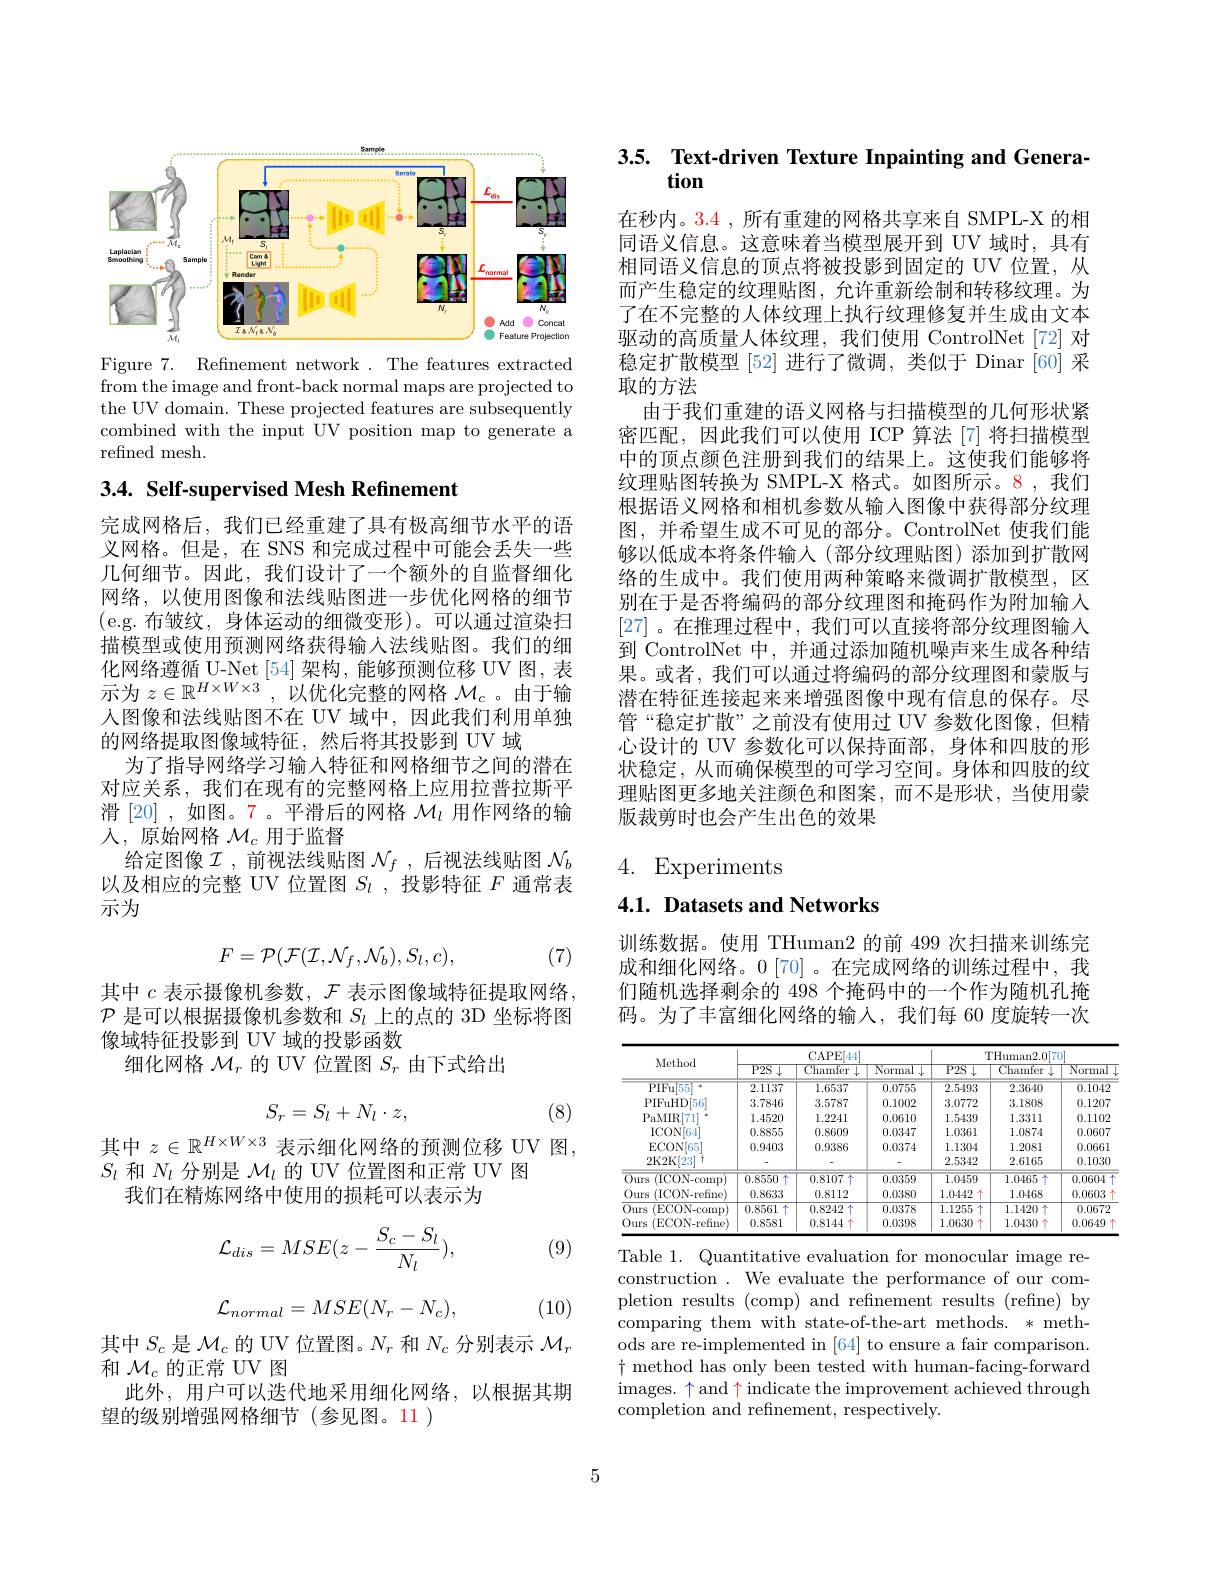
<FigureHere>

Figure 7. Refinement network .The features extracted from the image and front-back normal maps are projected to the UV domain. These projected features are subsequently combined with the input UV position map to generate a refined mesh.

# 3.4. Self-supervised Mesh Refinement

完成网格后，我们已经重建了具有极高细节水平的语义网格。但是，在 SNS 和完成过程中可能会丢失一些几何细节。因此，我们设计了一个额外的自监督细化网络，以使用图像和法线贴图进一步优化网格的细节(e.g. 布皱纹，身体运动的细微变形)。可以通过渲染扫描模型或使用预测网络获得输人法线贴图。我们的细化网络遵循 U-Net [54]架构，能够预测位移 UV 图，表$\begin{array}{c}\\\text{示为 }z\in\mathbb{R}^{H\times W\times3}&,&\text{以优化完整的网格 }\mathcal{M}_{c}\end{array}$。由于输人图像和法线贴图不在 UV 域中，因此我们利用单独的网络提取图像域特征，然后将其投影到 UV 域
为了指导网络学习输人特征和网格细节之间的潜在对应关系，我们在现有的完整网格上应用拉普拉斯平滑 [20] ,如图。7 。平滑后的网格$\mathcal{M}_l$用作网络的输人，原始网格$\mathcal{M}_c$用于监督
给定图像$\mathcal{I}$ ,前视法线贴图 $\mathcal{N}_f$ ,后视法线贴图 $\mathcal{N}_b$ 以及相应的完整 UV 位置图$S_l$ ,投影特征$F$通常表示为
$$F=\mathcal{P}(\mathcal{F}(\mathcal{I},\mathcal{N}_{f},\mathcal{N}_{b}),S_{l},c),$$
(7)

其中$c$表示摄像机参数，$\mathcal{F}$表示图像域特征提取网络$\mathcal{P}$是可以根据摄像机参数和$S_l$上的点的 3D 坐标将图像域特征投影到 UV 域的投影函数
细化网格$\mathcal{M}_r$的 UV 位置图$S_r$由下式给出
$$S_r=S_l+N_l\cdot z,$$
(8)

其中$z\in\mathbb{R}^{H\times W\times3}$表示细化网络的预测位移 UV 图，
$S_l$和$N_l$分别是$\mathcal{M}_l$的 UV 位置图和正常 UV 图
我们在精炼网络中使用的损耗可以表示为

(9)
$$\mathcal{L}_{dis}=MSE(z-\frac{S_c-S_l}{N_l}),$$
$$\mathcal{L}_{normal}=MSE(N_r-N_c),$$
(10)

$\begin{array}{l}{\text{其中 }S_{c}\text{ 是 }\mathcal{M}_{c}\text{ 的 UV 位置图。}N_{r}\text{ 和 }N_{c}\text{ 分别表示 }\mathcal{M}_{r}}\\{\text{和 }\mathcal{M}_{c}\text{ 的正常 UV 图}}\end{array}$
此外，用户可以迭代地采用细化网络，以根据其期
望的级别增强网格细节(参见图。11 )

3.5. Text-driven Texture Inpainting and Genera
## tion

在秒内。3.4 , 所有重建的网格共享来自 SMPL-X 的相同语义信息。这意味着当模型展开到 UV 域时，具有相同语义信息的顶点将被投影到固定的 UV 位置，从而产生稳定的纹理贴图，允许重新绘制和转移纹理。为了在不完整的人体纹理上执行纹理修复并生成由文本驱动的高质量人体纹理，我们使用 ControlNet[72]对稳定扩散模型 [52] 进行了微调，类似于 Dinar [60] 采取的方法
由于我们重建的语义网格与扫描模型的几何形状紧密匹配，因此我们可以使用 ICP 算法[7]将扫描模型中的顶点颜色注册到我们的结果上。这使我们能够将纹理贴图转换为 SMPL-X 格式。如图所示。8,我们根据语义网格和相机参数从输入图像中获得部分纹理图，并希望生成不可见的部分。ControlNet 使我们能够以低成本将条件输人(部分纹理贴图)添加到扩散网络的生成中。我们使用两种策略来微调扩散模型，区别在于是否将编码的部分纹理图和掩码作为附加输入[27] 。在推理过程中，我们可以直接将部分纹理图输入到 ControlNet 中，并通过添加随机噪声来生成各种结果。或者，我们可以通过将编码的部分纹理图和蒙版与潜在特征连接起来来增强图像中现有信息的保存。尽管“稳定扩散”之前没有使用过 UV 参数化图像，但精心设计的 UV 参数化可以保持面部，身体和四肢的形状稳定，从而确保模型的可学习空间。身体和四肢的纹理贴图更多地关注颜色和图案，而不是形状，当使用蒙版裁剪时也会产生出色的效果

## 4. Experiments

4.1. Datasets and Networks

训练数据。使用 THuman2 的前 499 次扫描来训练完成和细化网络。0[70]。在完成网络的训练过程中，我们随机选择剩余的 498 个掩码中的一个作为随机孔掩码。为了丰富细化网络的输入，我们每 60 度旋转一次

<table>
	<tbody>
		<tr>
			<th rowspan="2">Method</th>
			<th colspan="3">CAPE[44]</th>
			<th colspan="3">THuman2.0[70]</th>
		</tr>
		<tr>
			<th>$\overline{\text{P2S }\downarrow}$</th>
			<th>Chamfer</th>
			<th>Normal $\overline{1}$</th>
			<th>$\overline{\text{P2S }\downarrow}$</th>
			<th>Chamfer $\downarrow$</th>
			<th>Normal</th>
		</tr>
		<tr>
			<td>PIFu[55</td>
			<td>2.1137</td>
			<td>1.6537</td>
			<td>0.0755</td>
			<td>2.5493</td>
			<td>2.3640</td>
			<td>0.1042</td>
		</tr>
		<tr>
			<td>PIFuHD[56]</td>
			<td>3.7846</td>
			<td>3.5787</td>
			<td>0.1002</td>
			<td>3.0772</td>
			<td>3.1808</td>
			<td>0.1207</td>
		</tr>
		<tr>
			<td>PaMIR[7]</td>
			<td>1.4520</td>
			<td>1.2241</td>
			<td>0.0610</td>
			<td>1.5439</td>
			<td>1.3311</td>
			<td>0.1102</td>
		</tr>
		<tr>
			<td>ICON[ 64] </td>
			<td>0.8855</td>
			<td>0.8609</td>
			<td>0.0347</td>
			<td>1.0361</td>
			<td>1.0874</td>
			<td>0.0607</td>
		</tr>
		<tr>
			<td>ECON[65]</td>
			<td>0.9403</td>
			<td>0.9386</td>
			<td>0.0374</td>
			<td>1.1304</td>
			<td>1.2081</td>
			<td>0.0661</td>
		</tr>
		<tr>
			<td>2K2K[23]</td>
			<td> </td>
			<td> </td>
			<td> </td>
			<td>2.5342</td>
			<td>2.6165</td>
			<td>0.1030</td>
		</tr>
		<tr>
			<td>$0urs$ (ICON- comp</td>
			<td>0.8550</td>
			<td>$0.8107\uparrow$</td>
			<td>0.0359</td>
			<td>1.0459</td>
			<td>1.0465 个</td>
			<td>0.0604</td>
		</tr>
		<tr>
			<td>Ours (ICON- refine</td>
			<td>0.8633</td>
			<td>0.8112</td>
			<td>0.0380</td>
			<td>1.0442</td>
			<td>1.0468</td>
			<td>0.0603</td>
		</tr>
		<tr>
			<td>$0urs$ (ECON- comp)</td>
			<td>0.8561</td>
			<td>0.8242 十</td>
			<td>0.0378</td>
			<td>1.1255 -</td>
			<td>1.1420 十</td>
			<td>0.0672</td>
		</tr>
		<tr>
			<td>Ours (ECON- refine</td>
			<td>0.8581</td>
			<td>0.8144</td>
			<td>0.0398</td>
			<td>1.0630</td>
			<td>1.0430</td>
			<td>0.0649</td>
		</tr>
	</tbody>
</table>
Table 1. Quantitative evaluation for monocular image re-

construction. We evaluate the performance of our completion results (comp) and refinement results (refine) by comparing them with state-of-the-art methods. * methods are re-implemented in [64] to ensure a fair comparison. $\dagger$ method has only been tested with human-facing-forward $\operatorname*{images.}\uparrow$ and$\uparrow$ indicate the improvement achieved through completion and refinement, respectively.

5